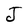
Character: J